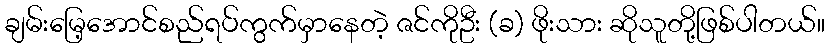
ချမ်းမြေ့အောင်စည်ရပ်ကွက်မှာနေတဲ့ ဇင်ကိုဦး (ခ) ဖိုးသား ဆိုသူတို့ဖြစ်ပါတယ်။